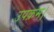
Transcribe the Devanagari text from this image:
उपक्रम।